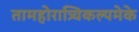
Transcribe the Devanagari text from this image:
तामहोरात्र्विकल्पमेके